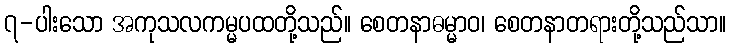
၇-ပါးသော အကုသလကမ္မပထတို့သည်။ စေတနာဓမ္မာဝ၊ စေတနာတရားတို့သည်သာ။